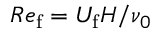
R e _ { \mathrm { f } } = U _ { \mathrm { f } } H / \nu _ { 0 }